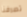
تصرفنا